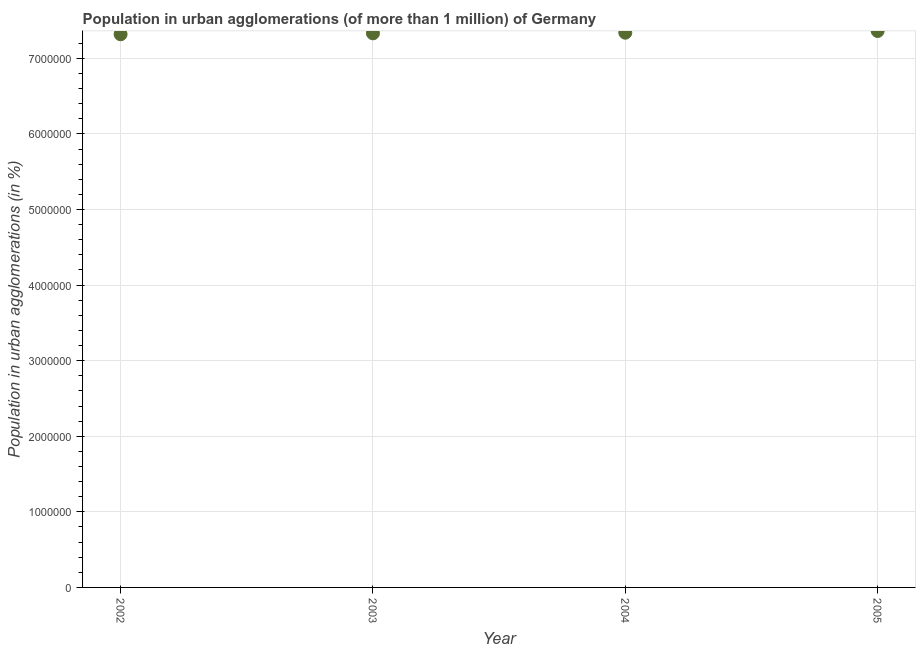
| Year | Population in urban agglomerations |
 | --- | --- |
 | 2002 | 7.32e+06 |
 | 2003 | 7.33e+06 |
 | 2004 | 7.34e+06 |
 | 2005 | 7.36e+06 |